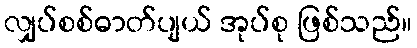
လျှပ်စစ်ဓာတ်ပျယ် အုပ်စု ဖြစ်သည်။